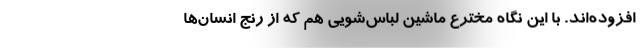
افزوده‌اند. با این نگاه مخترع ماشین لباس‌شویی هم که از رنج انسان‌ها